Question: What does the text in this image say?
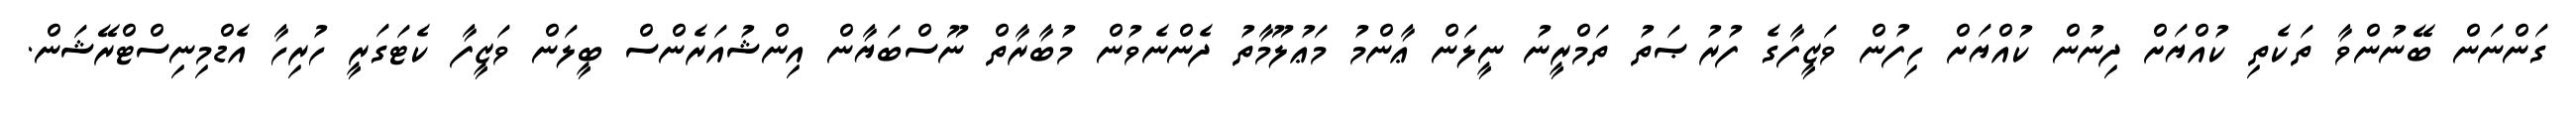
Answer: ގަންނަން ބޭނުންވާ ތަކެތި ކުއްޔަށް ދިނުން ކުއްޔަށް ހިފުން ވަޒީފާގެ ފުރުޞަތު ތަމްރީނު ނީލަން ޢާންމު މަޢުލޫމާތު ދެންނެވުން މުބާރާތް ނޫސްބަޔާން އިންޝުއަރެންސް ބީލަން ވަޒީފާ ކެޓަގަރީ ހުރިހާ އެޑްމިނިސްޓްރޭޝަން.